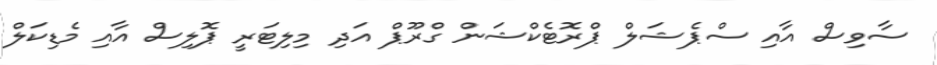
ސާވިސް އާއި ސްޕެޝަލް ޕްރޮޓެކްޝަން ގްރޫޕް އަދި މިލިޓަރީ ޕޮލިސް އާއި މެޑިކަލް